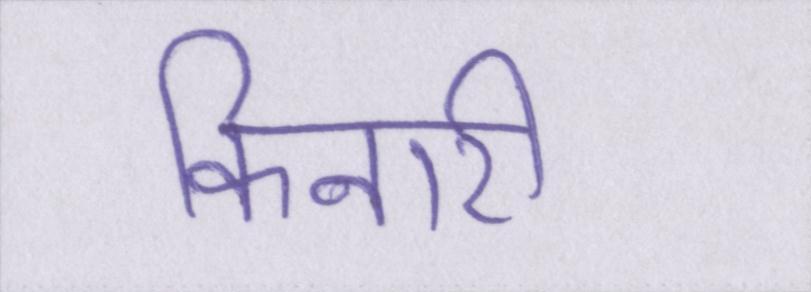
किनारी